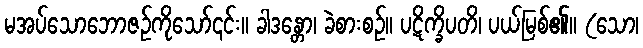
မအပ်သောဘောဇဉ်ကိုသော်၎င်း။ ခါဒန္တော၊ ခဲစားစဉ်။ ပဋိက္ခိပတိ၊ ပယ်မြစ်၏။ (သော၊